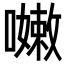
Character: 𡁛